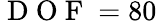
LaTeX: \mathrm{~D~O~F~}=80